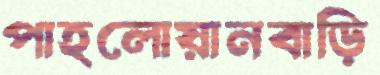
পাহলোয়ানবাড়ি